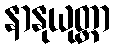
နာနုယုတ္တာ